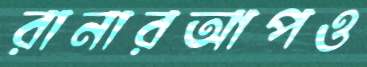
রানারআপও